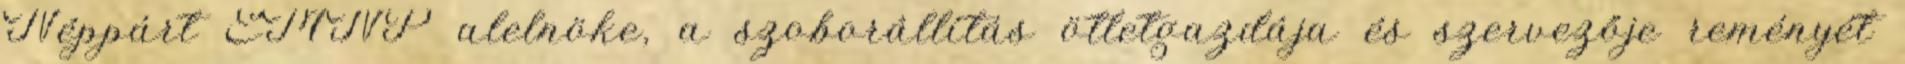
Néppárt EMNP alelnöke, a szoborállítás ötletgazdája és szervezője reményét